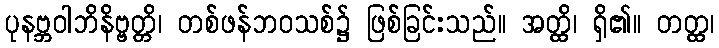
ပုနဗ္ဘဝါဘိနိဗ္ဗတ္တိ၊ တစ်ဖန်ဘဝသစ်၌ ဖြစ်ခြင်းသည်။ အတ္ထိ၊ ရှိ၏။ တတ္ထ၊